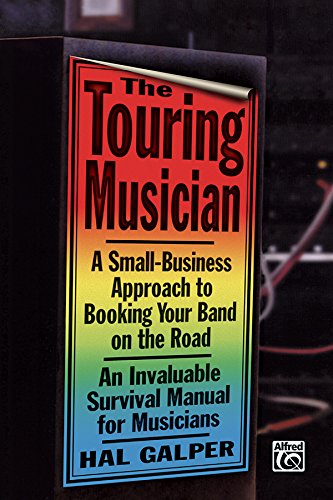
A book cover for The Touring Musician: A Small-Business Approach to Booking Your Band on the Road; Alfred Publishing; Travel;